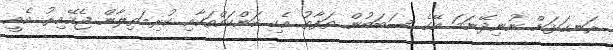
ރަނގަޅަށް ނުނިދޭނަމަ އޭގެ ސަބަބުން ތަފާތު އެކި ކަންކައްތަކާއި ކުރިމަތިލާން ޖެހޭއިރު އެއީ